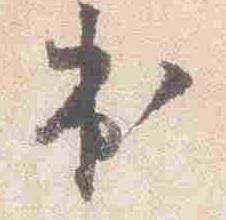
出